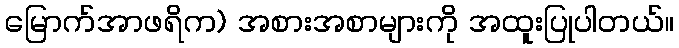
မြောက်အာဖရိက) အစားအစာများကို အထူးပြုပါတယ်။